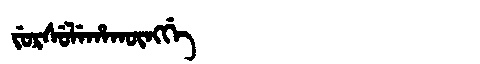
Manchu: ᠵᡠᡵᠰᡠᠯᡝᡥᠠᡴᡡᠩᡤᡝ
Romanization: JURSULEHAKŪNGGE